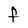
Character: F